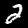
Digit: 2